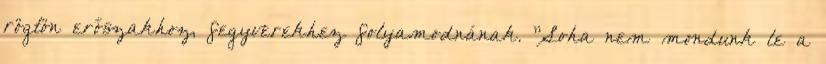
rögtön erőszakhoz, fegyverekhez folyamodnának. "Soha nem mondunk le a